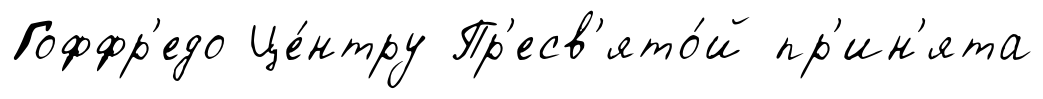
Гоффр'едо Це́нтру Пр'есв'ято́й пр'ин'ята